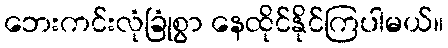
ဘေးကင်းလုံခြုံစွာ နေထိုင်နိုင်ကြပါမယ်။